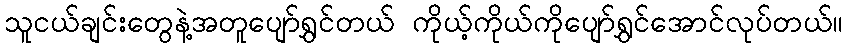
သူငယ်ချင်းတွေနဲ့အတူပျော်ရွှင်တယ် ကိုယ့်ကိုယ်ကိုပျော်ရွှင်အောင်လုပ်တယ်။